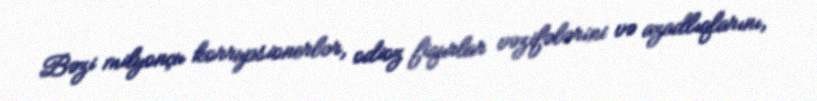
Bəzi milyonçu korrupsionerlər, odioz fiqurlar vəzifələrini və azadlıqlarını,